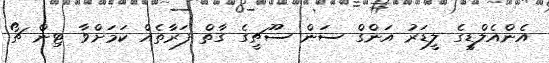
އެންއެލްޑީގެ ލީޑަރު އަންގް ސަން ސޫޗީގެ ގާތް ފަރާތެއް ކަމަށްވާ ޓިން ޗޯ